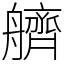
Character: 艩